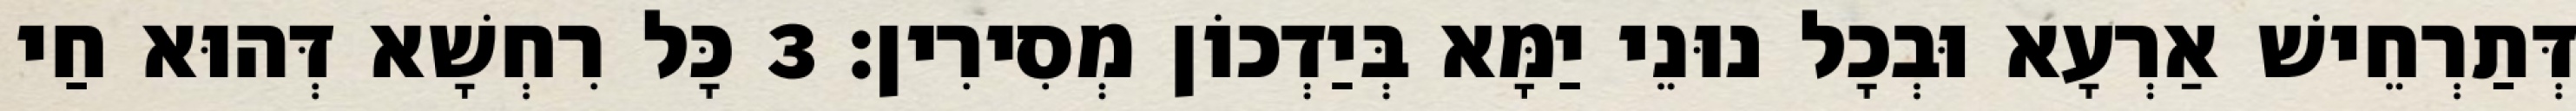
דְּתַרְחֵישׁ אַרְעָא וּבְכָל נוּנֵי יַמָּא בְּיַדְכוֹן מְסִירִין׃ 3 כָּל רִחְשָׁא דְּהוּא חַי